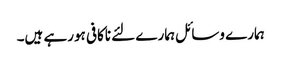
ہمارے وسائل ہمارے لئے ناکافی ہورہے ہیں۔